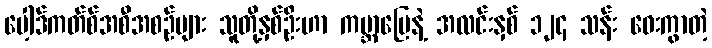
ပေါ့ဒ်ကတ်စ်အစီအစဉ်များ သူတို့နှစ်ဦးဟာ ကမ္ဘာမြေနဲ့ အလင်းနှစ် ၁၂၄ သန်း ဝေးကွာတဲ့